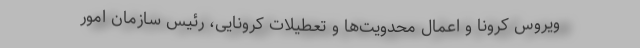
ویروس کرونا و اعمال محدویت‌ها و تعطیلات کرونایی، رئیس سازمان امور